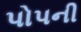
પોપની